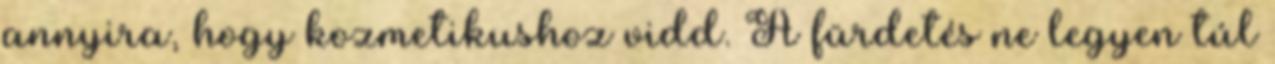
annyira, hogy kozmetikushoz vidd. A fürdetés ne legyen túl